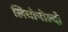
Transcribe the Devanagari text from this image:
लियोपोल्दो